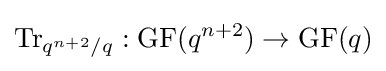
{\rm {Tr}}_{q^{n+2}/q}:{\rm {GF}}(q^{n+2})\rightarrow {\rm {GF}}(q)